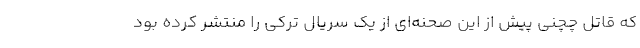
که قاتل چچنی پیش از این صحنه‌ای از یک سریال ترکی را منتشر کرده بود